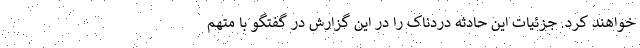
خواهند کرد. جزئیات این حادثه دردناک را در این گزارش در گفتگو با متهم